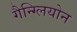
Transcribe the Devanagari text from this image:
गैन्ग्लियोन